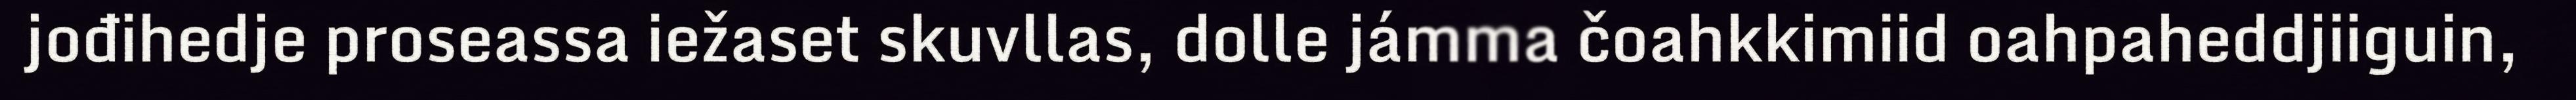
jođihedje proseassa iežaset skuvllas, dolle jámma čoahkkimiid oahpaheddjiiguin,